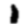
Digit: 1